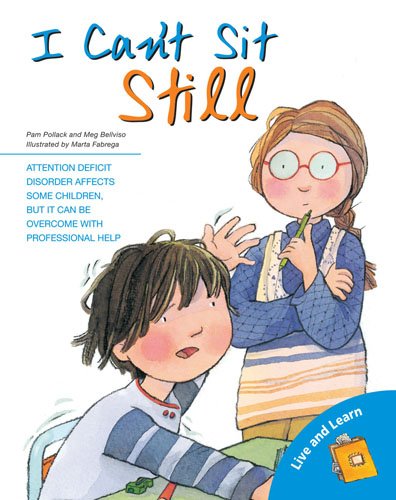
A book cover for I Can't Sit Still!: Living with ADHD (Live and Learn Series); Pam Pollack; Health, Fitness & Dieting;